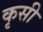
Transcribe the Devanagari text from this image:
कृसी